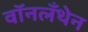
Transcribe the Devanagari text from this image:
वॉनलँथेन